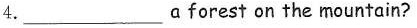
4.___ α forest on the mountain?